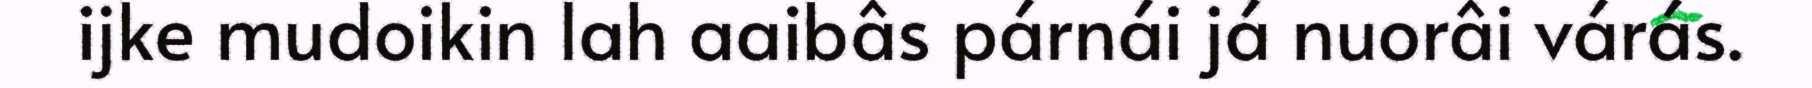
ijke mudoikin lah aaibâs párnái já nuorâi várás.